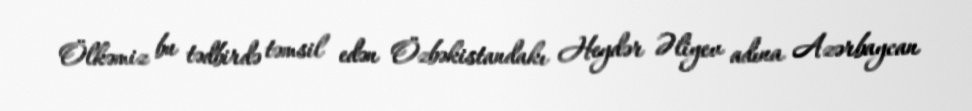
Ölkəmiz bu tədbirdə təmsil edən Özbəkistandakı Heydər Əliyev adına Azərbaycan